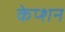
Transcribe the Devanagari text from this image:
केप्‍शन